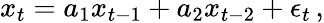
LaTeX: x_{t}=a_{1}x_{t-1}+a_{2}x_{t-2}+\epsilon_{t}\, ,